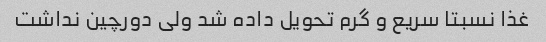
غذا نسبتا سریع و گرم تحویل داده شد ولی دورچین نداشت